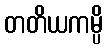
တတိယကမ္ပိ